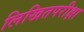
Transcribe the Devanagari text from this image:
लिखितपरीक्षा